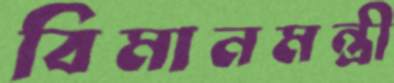
বিমানমন্ত্রী